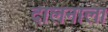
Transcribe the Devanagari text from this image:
दालनाला